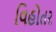
વિહોતર